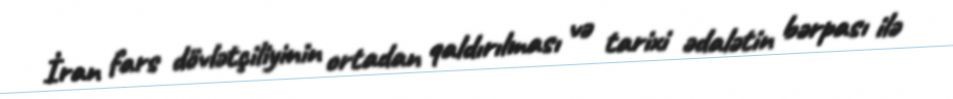
İran fars dövlətçiliyinin ortadan qaldırılması və tarixi ədalətin bərpası ilə